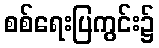
စစ်ရေးပြကွင်း၌